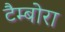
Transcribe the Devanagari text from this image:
टैम्बोरा